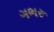
ગભરૂ